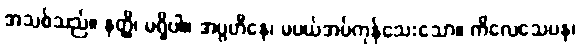
အသစ်သည်။ နတ္ထိ၊ မရှိပါ။ အပ္ပဟီနေ၊ မပယ်အပ်ကုန်သေးသော။ ကိလေသေပန၊